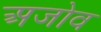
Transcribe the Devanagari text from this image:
अजोव